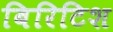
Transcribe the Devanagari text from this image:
बिरिटिश